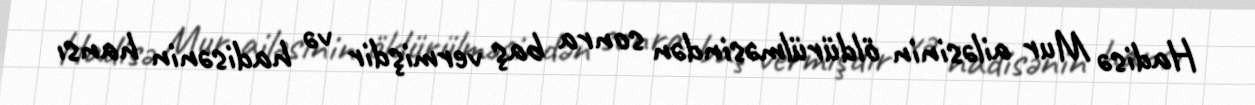
Hadisə Mur ailəsinin öldürülməsindən sonra baş vermişdir və hadisənin hansı